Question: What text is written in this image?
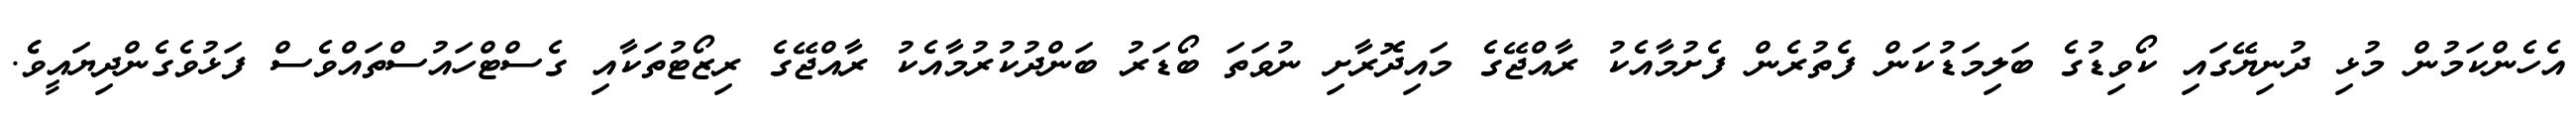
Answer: އެހެންކަމުން މުޅި ދުނިޔޭގައި ކޯވިޑުގެ ބަލިމަޑުކަން ފެތުރެން ފެށުމާއެކު ރާއްޖޭގެ މައިދޮރާށި ނުވަތަ ބޯޑަރު ބަންދުކުރުމާއެކު ރާއްޖޭގެ ރިޒޯޓުތަކާއި ގެސްޓްހައުސްތައްވެސް ފަޅުވެގެންދިޔައީވެެ.